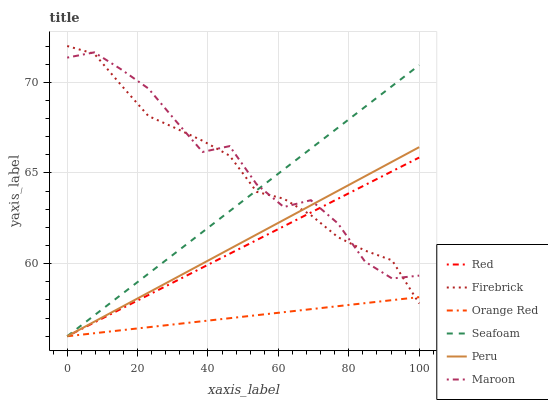
| xaxis_label | Red | Firebrick | Orange Red | Seafoam | Peru | Maroon |
 | --- | --- | --- | --- | --- | --- | --- |
 | 0 | 56 | 72 | 56 | 56 | 56 | 71.4 |
 | 7.69 | 56.8 | 71.6 | 56.2 | 57.1 | 56.8 | 71.7 |
 | 15.4 | 57.5 | 69.8 | 56.3 | 58.3 | 57.6 | 70.7 |
 | 23.1 | 58.3 | 68.1 | 56.5 | 59.4 | 58.4 | 69.7 |
 | 30.8 | 59 | 67.5 | 56.7 | 60.6 | 59.2 | 67.9 |
 | 38.5 | 59.8 | 66.8 | 56.8 | 61.7 | 60 | 66.2 |
 | 46.2 | 60.5 | 66 | 57 | 62.9 | 60.8 | 66.5 |
 | 53.8 | 61.3 | 64 | 57.2 | 64 | 61.6 | 64.4 |
 | 61.5 | 62.1 | 63.6 | 57.3 | 65.2 | 62.4 | 63.1 |
 | 69.2 | 62.8 | 62.7 | 57.5 | 66.3 | 63.2 | 63.5 |
 | 76.9 | 63.6 | 61.5 | 57.7 | 67.5 | 64 | 62.2 |
 | 84.6 | 64.3 | 60.7 | 57.8 | 68.6 | 64.8 | 60.1 |
 | 92.3 | 65.1 | 60.2 | 58 | 69.8 | 65.6 | 59.2 |
 | 100 | 65.9 | 57.8 | 58.2 | 70.9 | 66.4 | 59.3 |